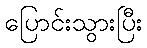
ပြောင်းသွားပြီး